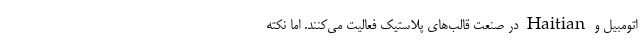
اتومبیل و Haitian در صنعت قالب‌های پلاستیک فعالیت می‌کنند. اما نکته